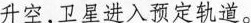
升空，卫星进入预定轨道。